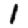
Digit: 1